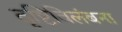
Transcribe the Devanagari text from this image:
दृष्टिविलंबना